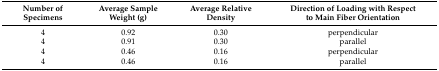
<table><thead><tr><td><b>Number of Specimens</b></td><td><b>Average Sample Weight (g)</b></td><td><b>Average Relative Density</b></td><td><b>Direction of Loading with Respect to Main Fiber Orientation</b></td></tr></thead><tbody><tr><td>4</td><td>0.92</td><td>0.30</td><td>perpendicular</td></tr><tr><td>4</td><td>0.91</td><td>0.30</td><td>parallel</td></tr><tr><td>4</td><td>0.46</td><td>0.16</td><td>perpendicular</td></tr><tr><td>4</td><td>0.46</td><td>0.16</td><td>parallel</td></tr></tbody></table>